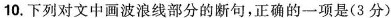
10.下列对文中画波浪线部分的断句,正确的一项是(3 分)